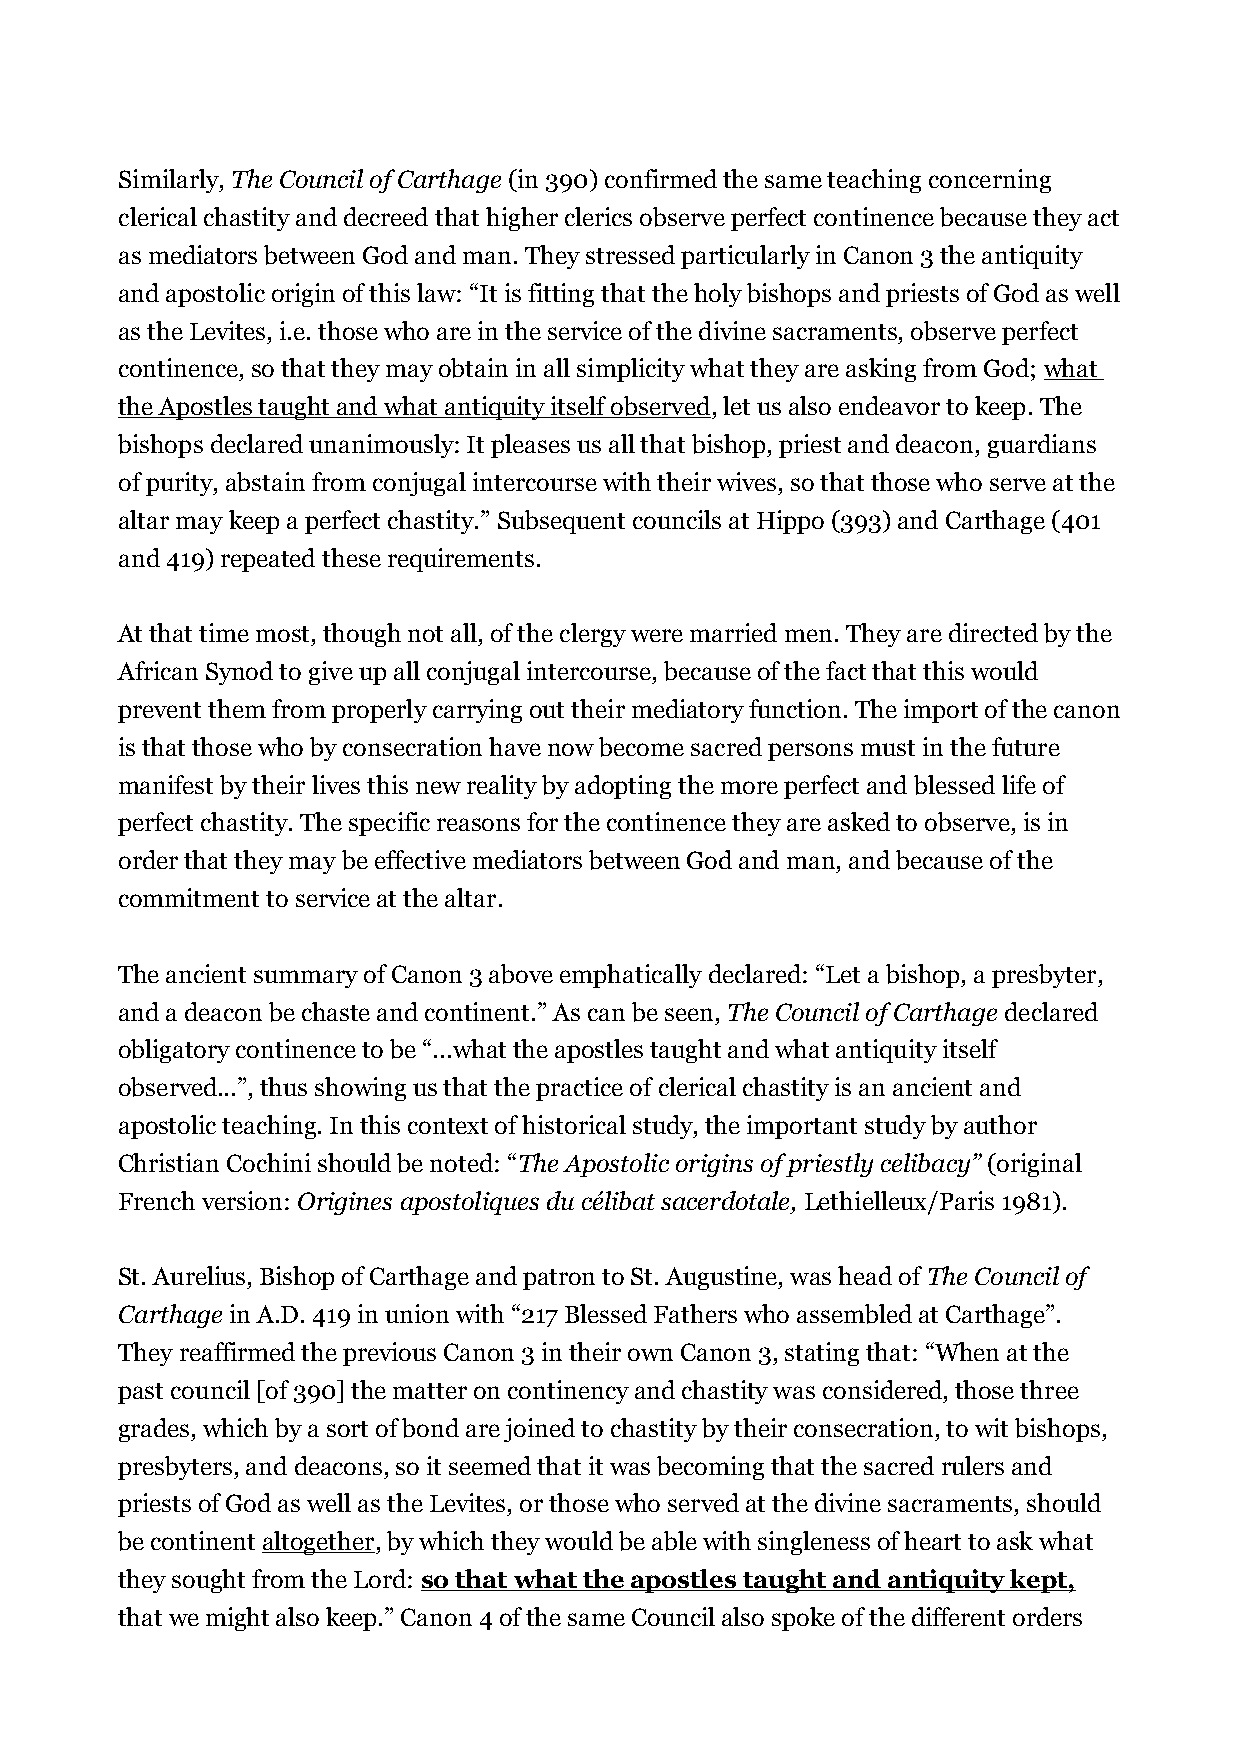
Similarly, The Council of Carthage (in 390) confirmed the same teaching concerning
 clerical chastity and decreed that higher clerics observe perfect continence because they act
 as mediators between God and man. They stressed particularly in Canon 3 the antiquity
 and apostolic origin of this law: “It is fitting that the holy bishops and priests of God as well
 as the Levites, i.e. those who are in the service of the divine sacraments, observe perfect
 continence, so that they may obtain in all simplicity what they are asking from God; what
 the Apostles taught and what antiquity itself observed, let us also endeavor to keep. The
 bishops declared unanimously: It pleases us all that bishop, priest and deacon, guardians
 of purity, abstain from conjugal intercourse with their wives, so that those who serve at the
 altar may keep a perfect chastity.” Subsequent councils at Hippo (393) and Carthage (401
 and 419) repeated these requirements.
 At that time most, though not all, of the clergy were married men. They are directed by the
 African Synod to give up all conjugal intercourse, because of the fact that this would
 prevent them from properly carrying out their mediatory function. The import of the canon
 is that those who by consecration have now become sacred persons must in the future
 manifest by their lives this new reality by adopting the more perfect and blessed life of
 perfect chastity. The specific reasons for the continence they are asked to observe, is in
 order that they may be effective mediators between God and man, and because of the
 commitment to service at the altar.
 The ancient summary of Canon 3 above emphatically declared: “Let a bishop, a presbyter,
 and a deacon be chaste and continent.” As can be seen, The Council of Carthage declared
 obligatory continence to be “...what the apostles taught and what antiquity itself
 observed...”, thus showing us that the practice of clerical chastity is an ancient and
 apostolic teaching. In this context of historical study, the important study by author
 Christian Cochini should be noted: “The Apostolic origins of priestly celibacy” (original
 French version: Origines apostoliques du célibat sacerdotale, Lethielleux/Paris 1981).
 St. Aurelius, Bishop of Carthage and patron to St. Augustine, was head of The Council of
 Carthage in A.D. 419 in union with “217 Blessed Fathers who assembled at Carthage”.
 They reaffirmed the previous Canon 3 in their own Canon 3, stating that: “When at the
 past council [of 390] the matter on continency and chastity was considered, those three
 grades, which by a sort of bond are joined to chastity by their consecration, to wit bishops,
 presbyters, and deacons, so it seemed that it was becoming that the sacred rulers and
 priests of God as well as the Levites, or those who served at the divine sacraments, should
 be continent altogether, by which they would be able with singleness of heart to ask what
 they sought from the Lord: so that what the apostles taught and antiquity kept,
 that we might also keep.” Canon 4 of the same Council also spoke of the different orders